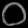
Digit: ၀